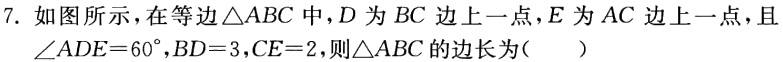
7. 如图所示，在等边$\triangle ABC$中，$D$为$BC$边上一点，$E$为$AC$边上一点，且$\angle ADE = 60^{\circ}$，$BD = 3$，$CE = 2$，则$\triangle ABC$的边长为（  ）